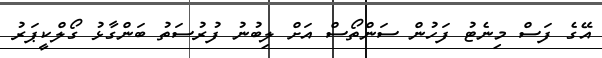
އޭގެ ފަސް މިނެޓު ފަހުން ސަންތޯސް އަށް ލިބުނު ފުރުސަތު ބަންގާޅު ގޯލްކީޕަރު